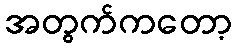
အတွက်ကတော့